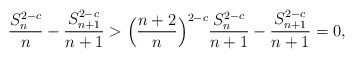
\begin{align*}\frac{S_n^{2-c}}{n}-\frac{S_{n+1}^{2-c}}{n+1}& > \Big(\frac{n+2}{n}\Big)^{2-c}\frac{S_n^{2-c}}{n+1}-\frac{S_{n+1}^{2-c}}{n+1}=0,\end{align*}